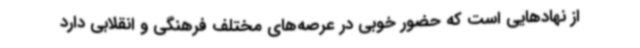
از نهادهایی است که حضور خوبی در عرصه‌های مختلف فرهنگی و انقلابی دارد